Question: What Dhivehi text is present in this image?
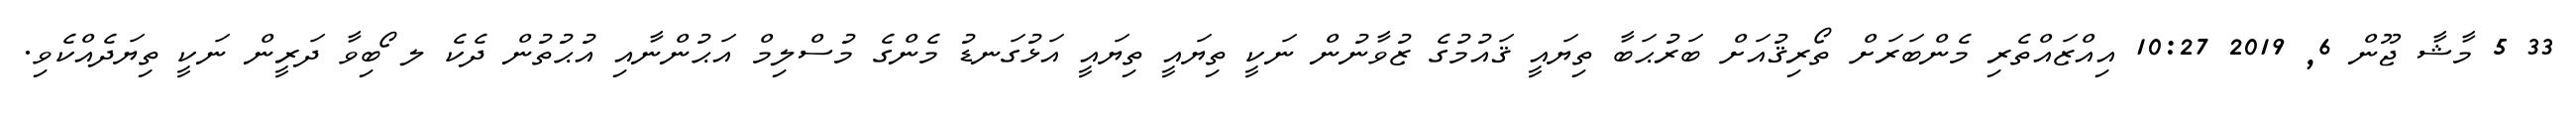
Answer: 33 5 މާޝާ ޖޫން 6, 2019 10:27 އިއްޒައްތެރި މެންބަރަށް ތޯރިޤުއަށް ބަރުޙަބާ ތިޔައީ ޤައުމުގެ ޒުވާނުން ނަކީ ތިޔައީ ތިޔައީ އަޅުގަނޑު މެންގެ މުސްލިމް އަޙުންނާއި އުޙުތުން ދެކެ ލ ޯބިވާ ދަރީން ނަކީ ތިޔަދެއްކެވި.